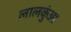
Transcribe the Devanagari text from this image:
लालकुंआ